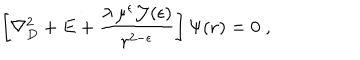
\left[ \nabla _ { { D } } ^ { 2 } + E + \frac { \lambda \, \mu ^ { \epsilon } { \mathcal J } ( \epsilon ) } { r ^ { 2 - \epsilon } } \right] \Psi ( { \bf r } ) = 0 \; ,